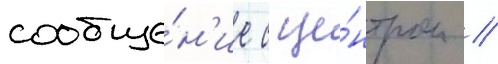
сообще́н'ие с це́нтром //